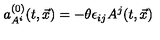
a _ { A ^ { i } } ^ { ( 0 ) } ( t , \vec { x } ) = - \theta \epsilon _ { i j } A ^ { j } ( t , \vec { x } )